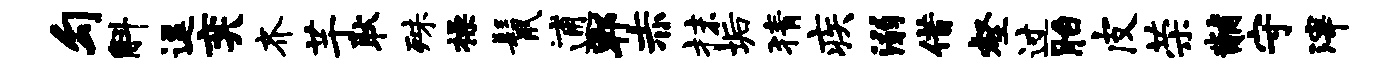
勾斛逗奕齐芋耿殊操鬣逋郫赤抹垢猜疾溺借壑过胎皮荣黼守滓